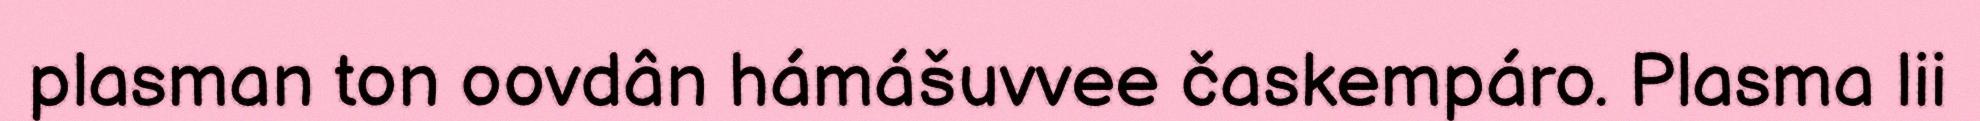
plasman ton oovdân hámášuvvee časkempáro. Plasma lii